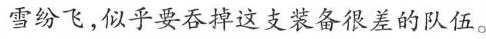
雪纷飞，似乎要吞掉这支装备很差的队伍。